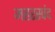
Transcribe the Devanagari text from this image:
महरस्पंद